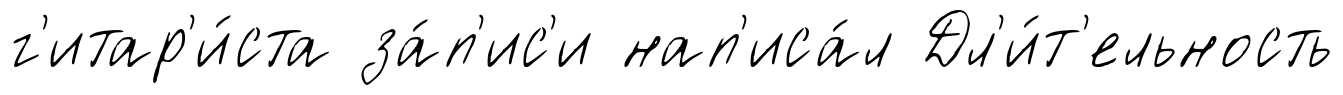
г'итар'и́ста за́п'ис'и нап'иса́л Дл'и́т'ельность